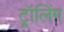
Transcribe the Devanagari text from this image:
ट्रॉलिंग